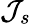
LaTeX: \mathcal{J}_{s}